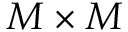
M \times M